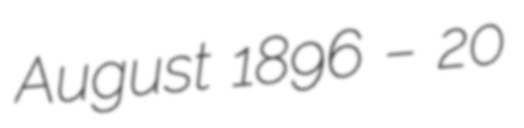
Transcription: August 1896 – 20